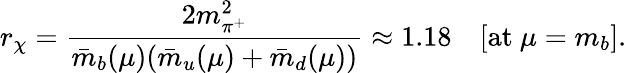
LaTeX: r_{\chi}=\frac{2m_{\pi^{+}}^{2}}{\bar{m}_{b}(\mu)(\bar{m}_{u}(\mu)+\bar{m}_{d}(\mu))}\approx 1.18\quad[\mathrm{at~}\mu=m_{b}].